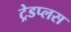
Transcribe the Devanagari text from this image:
ट्रेडप्लस